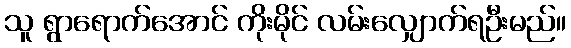
သူ ရွာရောက်အောင် ကိုးမိုင် လမ်းလျှောက်ရဦးမည်။